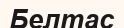
Белтас